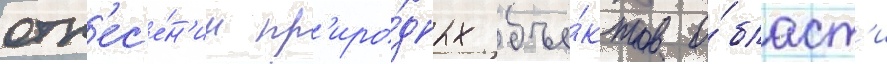
отн'ес'е́н'ии пр'иро́дных объе́ктов о́бласт'и